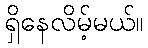
ရှိနေလိမ့်မယ်။